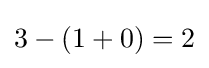
3-(1+0)=2